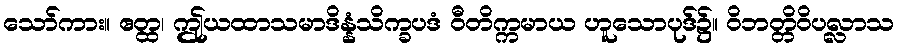
သော်ကား။ ဧတ္ထ၊ ဤုယထာသမာဒိန္နံသိက္ခပဒံ ဝီတိက္ကမာယ ဟူသောပုဒ်၌။ ဝိဘတ္တိဝိပလ္လာသ